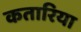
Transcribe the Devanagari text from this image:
कतारिया